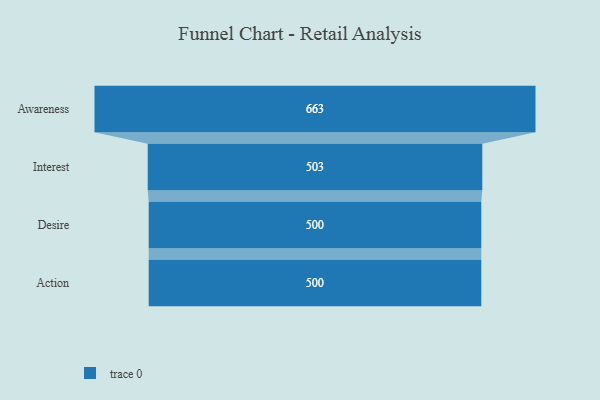
{"axis": {"x": "Stage", "y": "Value"}, "legend": [""], "data": [{"x": "Awareness", "y": 663.0, "type": ""}, {"x": "Interest", "y": 503.0, "type": ""}, {"x": "Desire", "y": 500, "type": ""}, {"x": "Action", "y": 500, "type": ""}]}